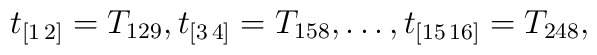
t_{[1\,2]}=T_{129}, t_{[3\,4]}=T_{158},\ldots,t_{[15\,16]}=T_{248},